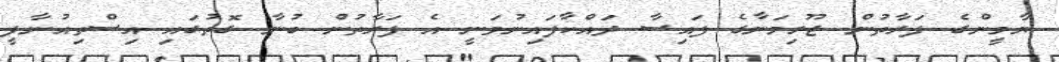
ޔާމީންގެ ފަރާތުން ޖޫރިމަނާގެ ފައިސާ ދައްކާފައިނުވަނީ އެ ފަރާތުން ބުނާ ގޮތުގައި އިސްތިއުނާފީ